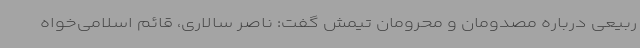
ربیعی درباره مصدومان و محرومان تیمش گفت: ناصر سالاری، قائم اسلامی‌خواه